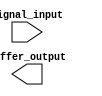
module ECL_Buffer(
    input signal_input,
    output buffer_output
);

// ECL buffering logic implementation here

endmodule